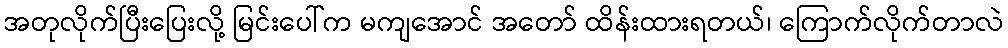
အတုလိုက်ပြီးပြေးလို့ မြင်းပေါ်က မကျအောင် အတော် ထိန်းထားရတယ်၊ ကြောက်လိုက်တာလဲ